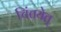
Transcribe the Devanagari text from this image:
चिंतयेत्